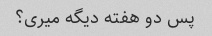
پس دو هفته دیگه میری؟